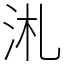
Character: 㳐